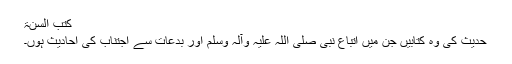
کتب السنۃ
حدیث کی وہ کتابیں جن میں اتباع نبی صلی اللہ علیہ وآلہ وسلم اور بدعات سے اجتناب کی احادیث ہوں۔